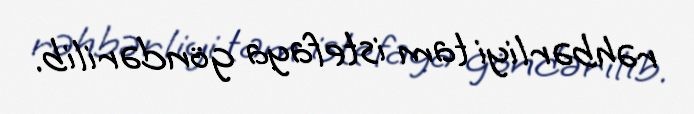
rəhbərliyi tam istefaya göndərilib.